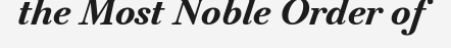
the Most Noble Order of